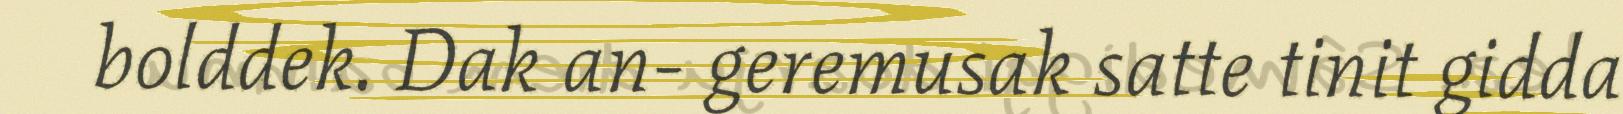
bolddek. Dak an- geremusak satte tinit gidda